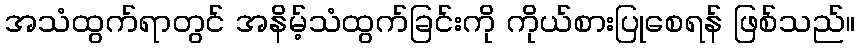
အသံထွက်ရာတွင် အနိမ့်သံထွက်ခြင်းကို ကိုယ်စားပြုစေရန် ဖြစ်သည်။